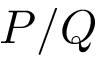
P / Q